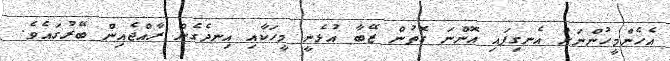
އެހެންމީހުންނަށް އެނގިފައި އޮންނަ ގޮތުން ޒޭބާ އުޅެނީ މީހަކާއި އިނދެގެން ރާއްޖެއިން ބޭރުގައެވެ.